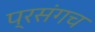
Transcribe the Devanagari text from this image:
प्रसंगच